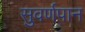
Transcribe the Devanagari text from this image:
सुवर्णपान